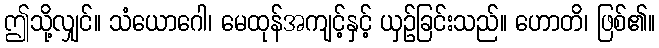
ဤသို့လျှင်။ သံယောဂေါ၊ မေထုန်အကျင့်နှင့် ယှဉ်ခြင်းသည်။ ဟောတိ၊ ဖြစ်၏။